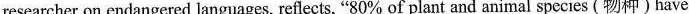
researcher on endangered languages, reflects, "80% of plant and animal species (物种)have